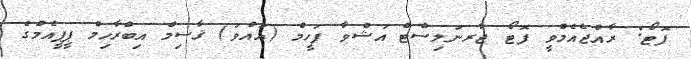
ފޮޓޯ: ރާއްޖެއެމްވީ ފޮޓޯ ޖާރނަލިސްޓް އަޝްވާ ފަހީމް (އައްވަ) ޤާސިމް އިބްރާހިމް ޕީޕީއެމްގެ